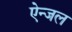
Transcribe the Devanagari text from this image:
ऐन्जल